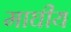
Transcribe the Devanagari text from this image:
माघीय